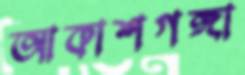
আকাশগঙ্গা